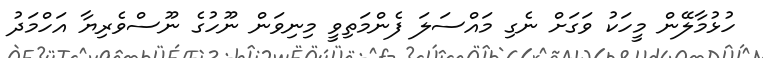
ހުޅުމާލޭން މީހަކު ވަގަށް ނެގި މައްސަލަ ފެންމަތިވީ މިނިވަން ނޫހުގެ ނޫސްވެރިޔާ އަހްމަދު